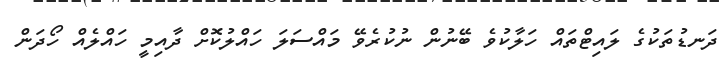
ދަނޑުތަކުގެ ލައިޓްތަައް ހަލާކުވެ ބޭނުން ނުކުރެވޭ މައްސަލަ ހައްލުކޮށް ދާއިމީ ހައްލެއް ހޯދަން